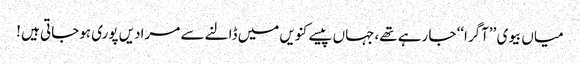
میاں بیوی ’’آگرا‘‘ جا رہے تھے،جہاں پیسے کنویں میں ڈالنے سے مرادیں پوری ہوجاتی ہیں !